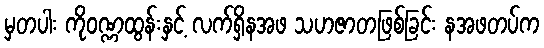
မှတပါး ကိုဝဏ္ဏထွန်းနှင့် လက်ရှိနအဖ သဟဇာတဖြစ်ခြင်း နအဖတပ်က